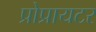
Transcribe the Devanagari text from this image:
प्रोप्रायटर